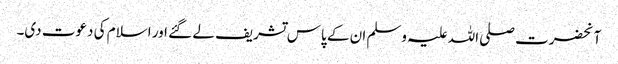
آنحضرت صلی اللہ علیہ وسلم ان کے پاس تشریف لے گئے اور اسلام کی دعوت دی۔